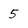
Character: 5